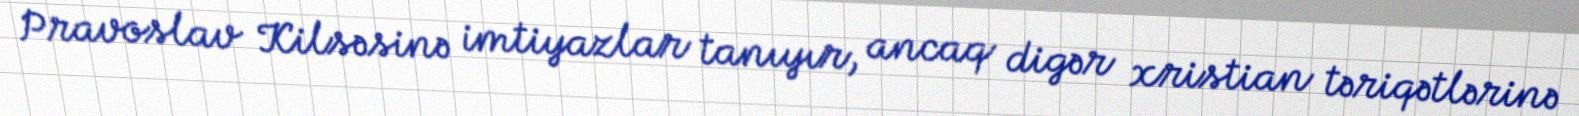
Pravoslav Kilsəsinə imtiyazlar tanıyır, ancaq digər xristian təriqətlərinə